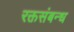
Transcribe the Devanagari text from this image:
रक्तसंबन्ध